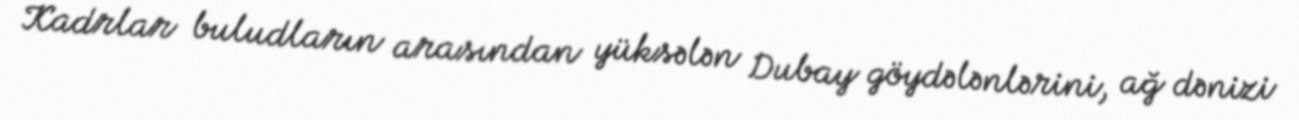
Kadrlar buludların arasından yüksələn Dubay göydələnlərini, ağ dənizi